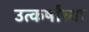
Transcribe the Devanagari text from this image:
उत्कर्षांच्या